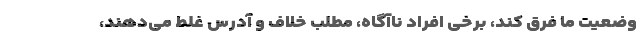
وضعیت ما فرق کند، برخی افراد ناآگاه، مطلب خلاف و آدرس غلط می‌دهند،